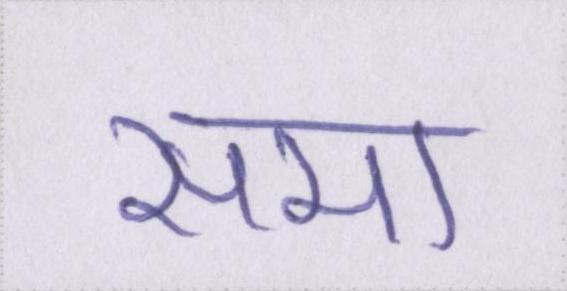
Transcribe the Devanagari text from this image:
समा